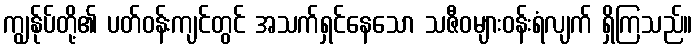
ကျွန်ုပ်တို့၏ ပတ်ဝန်းကျင်တွင် အသက်ရှင်နေသော သဇီဝများဝန်းရံလျက် ရှိကြသည်။